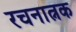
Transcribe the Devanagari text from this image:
रचनात्नक